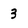
Character: 3